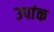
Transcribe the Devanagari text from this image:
उपांक